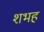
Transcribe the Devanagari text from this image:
शभह